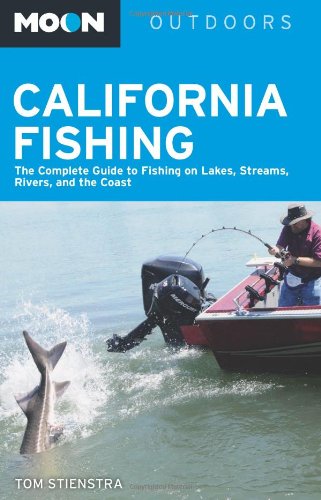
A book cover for Moon California Fishing: The Complete Guide to Fishing on Lakes, Streams, Rivers, and the Coast (Moon Outdoors); Tom Stienstra; Sports & Outdoors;